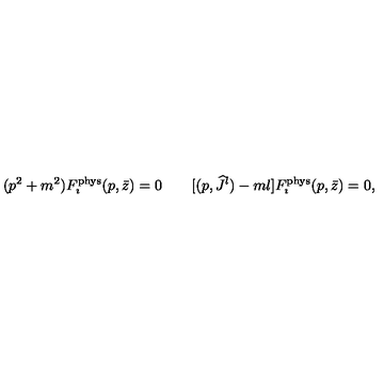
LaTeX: ( p ^ { 2 } + m ^ { 2 } ) F _ { \imath } ^ { \mathrm { p h y s } } ( p , \bar { z } ) = 0 \qquad [ ( p , { \widehat J } { } ^ { l } ) - m l ] F _ { \imath } ^ { \mathrm { p h y s } } ( p , \bar { z } ) = 0 ,